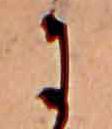
に